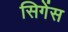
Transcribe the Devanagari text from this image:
सिगेंस